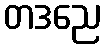
တဒညေ